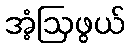
အံ့ဩဖွယ်